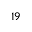
_ { 1 9 }